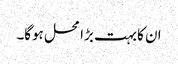
ان کا بہت بڑا محل ہوگا۔